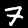
Label: 7